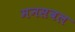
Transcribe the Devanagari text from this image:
मनसबल